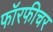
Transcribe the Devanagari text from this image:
फॉरफीचर